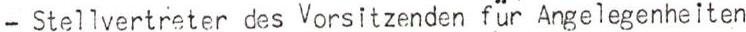
- Stellvertreter des Vorsitzenden für Angelegenheiten